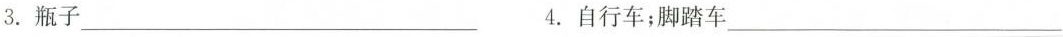
3.瓶子___ 4.自行车；脚踏车___